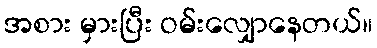
အစား မှားပြီး ဝမ်းလျှောနေတယ်။